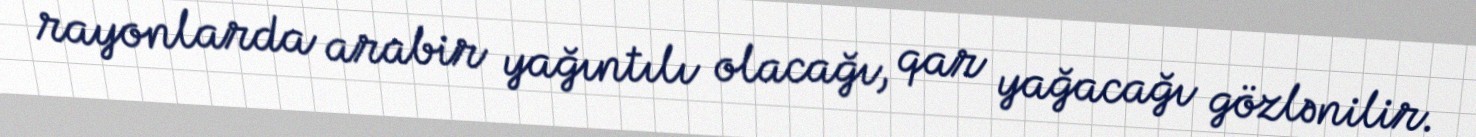
rayonlarda arabir yağıntılı olacağı, qar yağacağı gözlənilir.